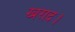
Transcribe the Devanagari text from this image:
खराद।